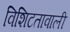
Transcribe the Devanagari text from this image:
विशिटतावाली